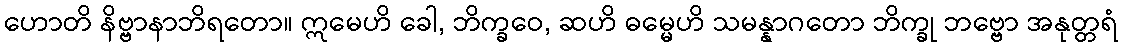
ဟောတိ နိဗ္ဗာနာဘိရတော။ ဣမေဟိ ခေါ, ဘိက္ခဝေ, ဆဟိ ဓမ္မေဟိ သမန္နာဂတော ဘိက္ခု ဘဗ္ဗော အနုတ္တရံ